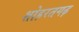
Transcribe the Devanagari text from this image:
शोहरतगढ़